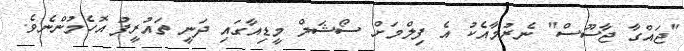
"ޖައްގާ ޖާސޫސް" ނެރުމާއެކު އެ ފިލްމަށް ސޯޝަލް މީޑިއާގައި ދަނީ ތައުރީފު އޮހެމުންނެވެ.